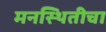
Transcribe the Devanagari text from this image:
मनस्थितीचा